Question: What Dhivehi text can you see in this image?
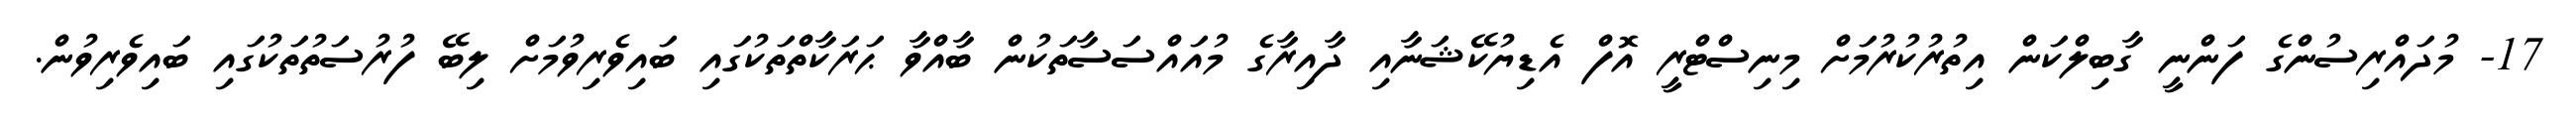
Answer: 17- މުދައްރިސުންގެ ފަންނީ ގާބިލްކަން އިތުރުކުރުމަށް މިނިސްޓްރީ އޮފް އެޑިޔުކޭޝަނާއި ދާއިރާގެ މުއައްސަސާތަކުން ބާއްވާ ޙަރަކާތްތަކުގައި ބައިވެރިވުމަށް ލިބޭ ފުރުސަތުތަކުގައި ބައިވެރިވުން.